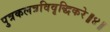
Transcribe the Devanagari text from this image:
पुत्रकलत्रविवृद्धिकरे॥४॥